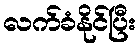
လက်ခံနိုင်ပြီး